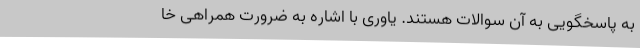
به پاسخگویی به آن سوالات هستند. یاوری با اشاره به ضرورت همراهی خا